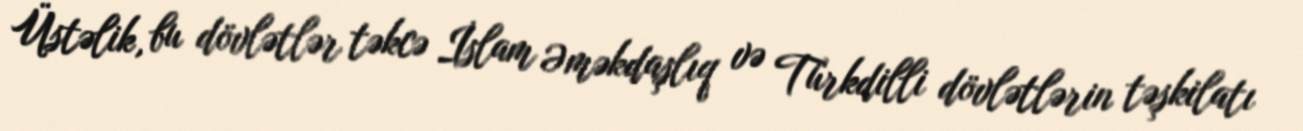
Üstəlik, bu dövlətlər təkcə İslam Əməkdaşlıq və Türkdilli dövlətlərin təşkilatı